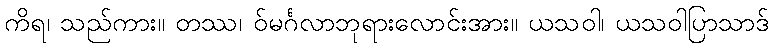
ကိရ၊ သည်ကား။ တဿ၊ ဝ်မင်္ဂလာဘုရားလောင်းအား။ ယသဝါ၊ ယသဝါပြာသာဒ်